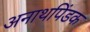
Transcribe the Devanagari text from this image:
अनाथपिंडक